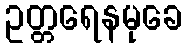
ဥတ္တရေနမုခေ